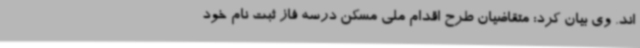
اند. وی بیان کرد: متقاضیان طرح اقدام ملی مسکن درسه فاز ثبت نام خود